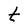
Character: t